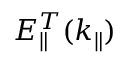
E _ { \parallel } ^ { T } ( k _ { \parallel } )